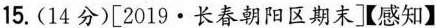
15.(14分)[2019·长春朝阳区期末【感知】